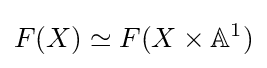
F(X)\simeq F(X\times \mathbb {A} ^{1})